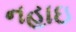
નહાઇ